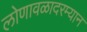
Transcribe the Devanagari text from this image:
लोणावळादरम्यान